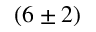
( 6 \pm 2 )